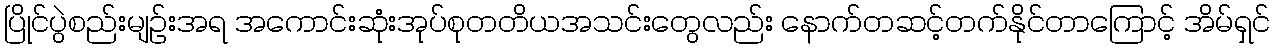
ပြိုင်ပွဲစည်းမျဉ်းအရ အကောင်းဆုံးအုပ်စုတတိယအသင်းတွေလည်း နောက်တဆင့်တက်နိုင်တာကြောင့် အိမ်ရှင်